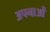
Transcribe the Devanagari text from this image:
अपनाओं